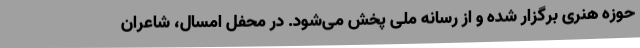
حوزه هنری برگزار شده و از رسانه ملی پخش می‌شود. در محفل امسال، شاعران